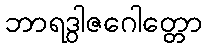
ဘာရဒွါဇဂေါတ္တော